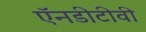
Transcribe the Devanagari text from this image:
ऍनडीटीवी